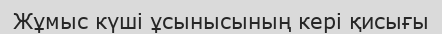
Жұмыс күші ұсынысының кері қисығы